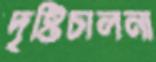
দৃষ্টিচালনা